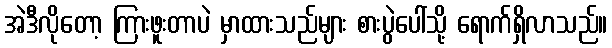
အဲဒီလိုတော့ ကြားဖူးတာပဲ မှာထားသည်များ စားပွဲပေါ်သို့ ရောက်ရှိလာသည်။